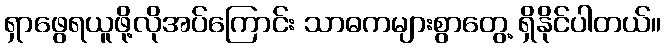
ရှာဖွေရယူဖို့လိုအပ်ကြောင်း သာဓကများစွာတွေ့ ရှိနိုင်ပါတယ်။